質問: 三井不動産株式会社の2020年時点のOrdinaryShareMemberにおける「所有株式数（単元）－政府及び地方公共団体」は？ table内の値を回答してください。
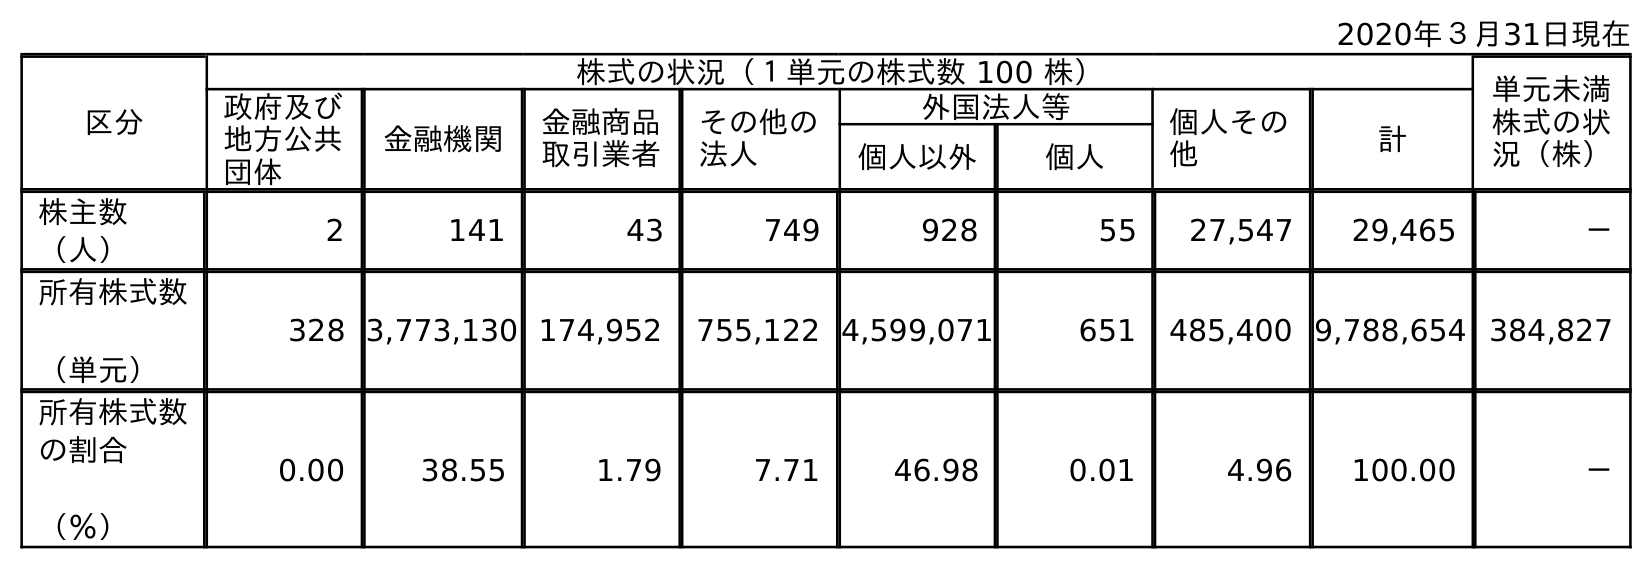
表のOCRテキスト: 2020年３月31日現在 区分 株式の状況（１単元の株式数 100 株） 単元未満 株式の状 況（株） 政府及び 地方公共 団体 金融機関 金融商品 取引業者 その他の 法人 外国法人等 個人その 他 計 個人以外 個人 株主数 （人） 2 141 43 749 928 55 27,547 29,465 － 所有株式数 （単元） 328 3,773,130 174,952 755,122 4,599,071 651 485,400 9,788,654 384,827 所有株式数 の割合 （％） 0.00 38.55 1.79 7.71 46.98 0.01 4.96 100.00 －
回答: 328